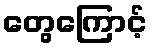
တွေကြောင့်